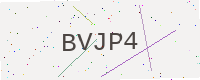
Text: BVJP4